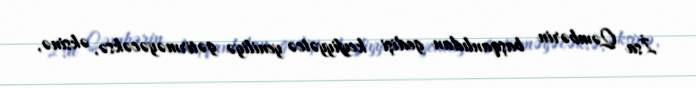
İsa Qəmbərin başqanlıdan gedişi keyfiyyətcə yeniliyə gətirməyəcəksə, əksinə,